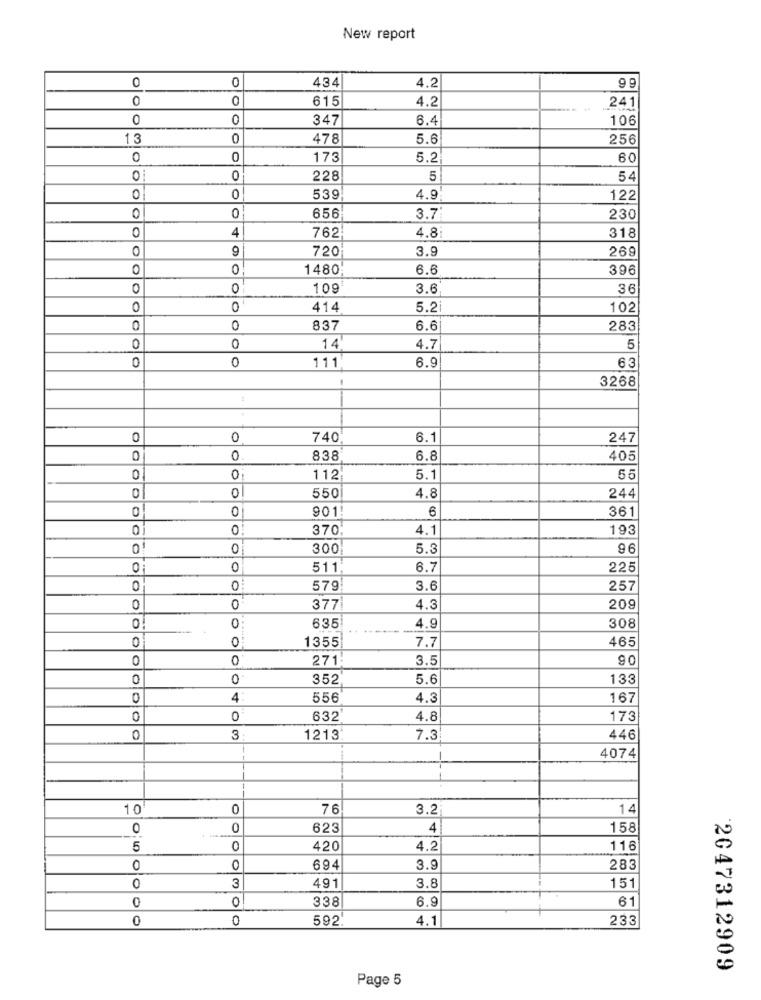
New report
0
0
434
4.2
9 9
0
0
615
4.2
241
0
0
347
6.4
106
13
0
478
5.6
256
0
0
173
5.2
60
O
0
228
5
54
0
0
539
4.9
122
656
3.7
230
0
4
762
4.8
318
9
720
3.9
269
0
0!
1480
6.6
396
0
O
109
3.6
36
0
0
414
5.2
102
0
0
837
6.6
283
0
0
14
4.7
5
0
0
111
6.9
63
3268
0
0
740
6.1
247
0
0
838
6.8
405
0
0
112
5.1
55
0
0
550
4.8
244
0
01
901:
6
361
370
4.1
193
0!
0
300
5.3
96
0
0
511
3.7
225
579
3.6
257
0
0
377
4.3
209
0
0:
635
4.9
308
0
1355
7.7
465
0
0
271
3.5
90
0
0
352
5.6
133
0
4
556
4.3
167
0
0
632
4.8
173
0
3
1213
7.3
446
1
4074
10
0
76
3.2
14
0
0
623
4
158
5
0
420
4.2
116
0
0
694
3.9
283
3
491
151
0
3.8
0
0
338
6.9
61
0
0
592.
4.1
233
2047312909
Page 5